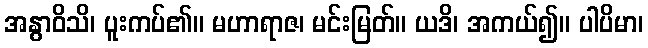
အနွာဝိသိ၊ ပူးကပ်၏။ မဟာရာဇ၊ မင်းမြတ်။ ယဒိ၊ အကယ်၍။ ပါပိမာ၊